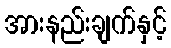
အားနည်းချက်နှင့်